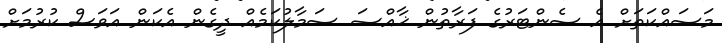
މަސައްކަތަށް އެ ސެންޓަރުގެ ފަރާތުން ޚާއްޞަ ސަމާލުކަމެއް ދީގެން އެކަން އަވަސް ކުރުމަށް